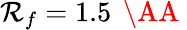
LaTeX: \mathcal{R}_{f}=1.5\, \mathrm{{~\AA~}}